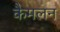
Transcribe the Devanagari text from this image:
कैमलन